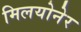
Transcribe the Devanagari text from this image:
मिलयोनेर